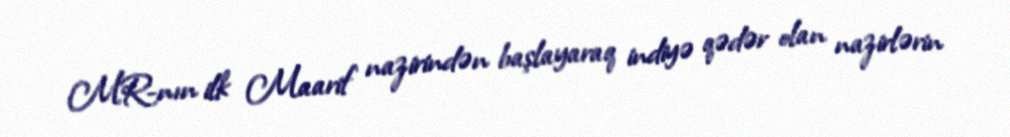
MR-nın ilk Maarif nazirindən başlayaraq indiyə qədər olan nazirlərin